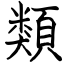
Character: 類